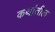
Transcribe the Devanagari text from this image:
कथांतील